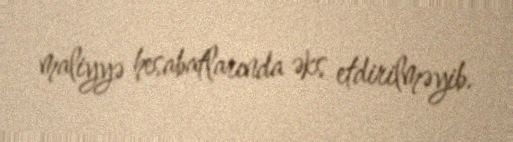
maliyyə hesabatlarında əks etdirilməyib.